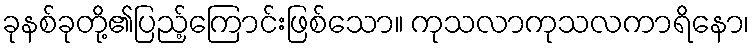
ခုနစ်ခုတို့၏ပြည့်ကြောင်းဖြစ်သော။ ကုသလာကုသလကာရိနော၊